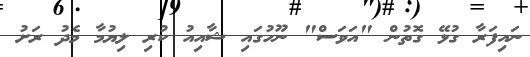
ނައިފަރާ ގުޅޭ ގޮތުން "އަވަސް" ނޫހުގައި ޝާއިއު ކުރި ލިޔުމާ މެދު ރަށު